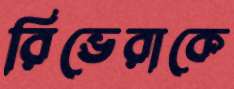
রিভেরাকে